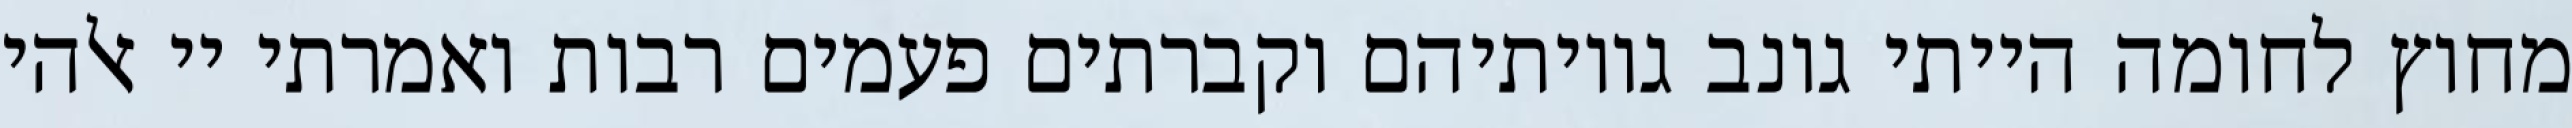
מחוץ לחומה הייתי גונב גויותיהם וקברתים פעמים רבות ואמרתי יי אלהי